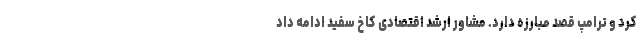
کرد و ترامپ قصد مبارزه دارد. مشاور ارشد اقتصادی کاخ سفید ادامه داد